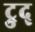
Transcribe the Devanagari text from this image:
ट्रुद्